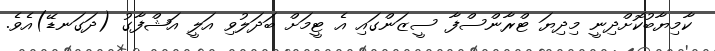
ކާމިޔާބުކޮށްދިނީ މިދިޔަ ޓްރާންސްފާ ސީޒަންގައި އެ ޓީމަށް ބަދަލުވި އަލީ އަޝްފާގު (ދަގަނޑޭ)އެވެ.